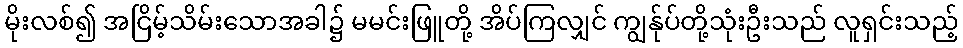
မိုးလစ်၍ အငြိမ့်သိမ်းသောအခါ၌ မမင်းဖြူတို့ အိပ်ကြလျှင် ကျွန်ုပ်တို့သုံးဦးသည် လူရှင်းသည့်